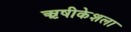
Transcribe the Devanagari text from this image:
ऋषीकेशला